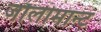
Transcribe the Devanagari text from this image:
जौलीमान्‍ट